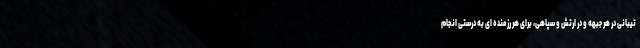
تیبانی در هر جبهه و در ارتش و سپاهی، برای هر رزمنده ای به درستی انجام